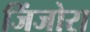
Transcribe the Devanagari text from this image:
जिंजोरा